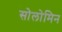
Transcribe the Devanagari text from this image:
सोलोमिन